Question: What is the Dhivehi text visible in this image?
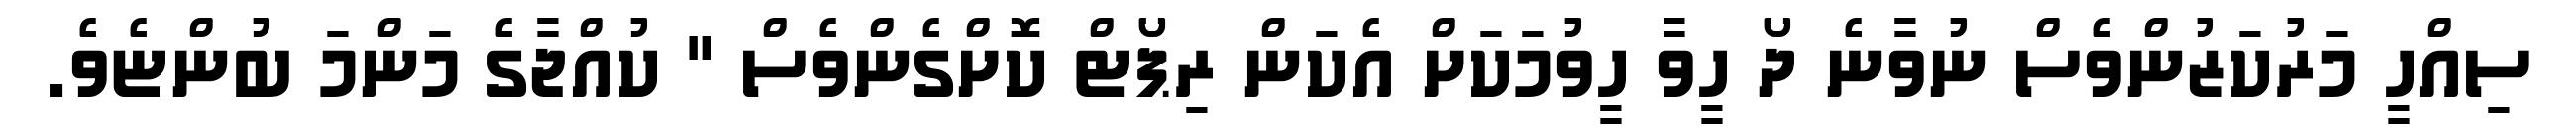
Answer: ސިއްހީ މަރުކަޒުންވެސް ނުވާނެ ދޯ ހީވާ ހީވުމަކަށް އެކަން ރިޕޯޓް ކޮށްގެންވެސް " ކުއްޖާގެ މަންމަ ބުންޏެވެ.